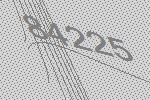
84225